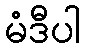
မံဒီပါ